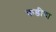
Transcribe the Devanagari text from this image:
कडीचा